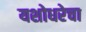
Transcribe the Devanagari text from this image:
यशोधरेचा